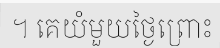
។ គេយំមួយថ្ងៃព្រោះ